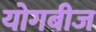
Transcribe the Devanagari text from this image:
योगबीज